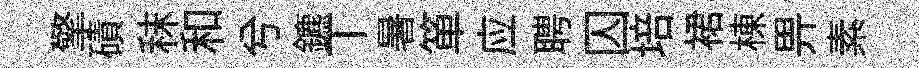
擎磧秣和兮鑣丅暑箪应聘囚培裙棟畀素